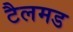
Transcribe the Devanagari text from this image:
टैलमड